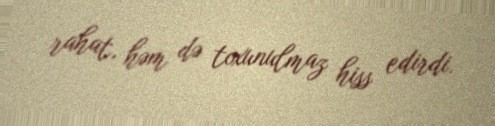
rahat, həm də toxunulmaz hiss edirdi.